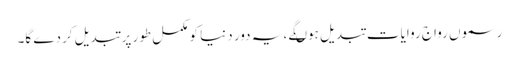
رسموں رواج روایات تبدیل ہوںگے ، یہ دور دنیا کو مکمل طور پر تبدیل کردے گا۔